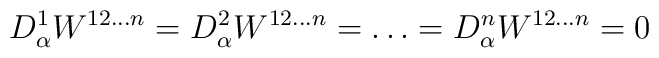
D^1_\alpha W^{12\ldots n} = D^2_\alpha W^{12\ldots n}= \ldots =D^n_\alpha W^{12\ldots n} =0